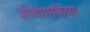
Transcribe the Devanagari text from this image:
ओबामाकेयर